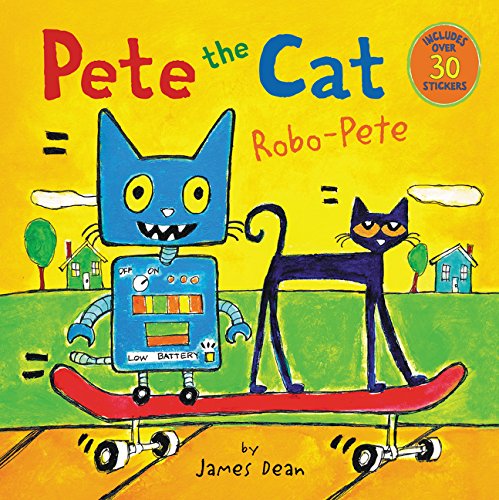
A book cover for Pete the Cat: Robo-Pete; James Dean; Children's Books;